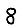
Digit: 8